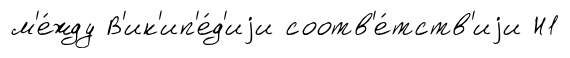
м'е́жду В'ик'ип'е́д'иjи соотв'е́тств'иjи Н1